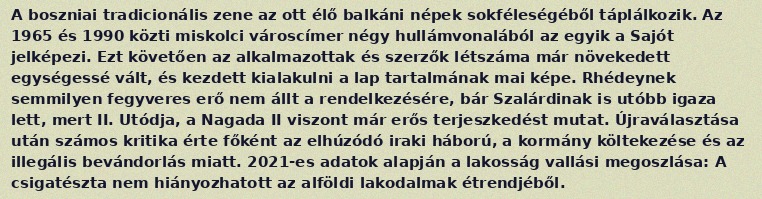
A boszniai tradicionális zene az ott élő balkáni népek sokféleségéből táplálkozik. Az 1965 és 1990 közti miskolci városcímer négy hullámvonalából az egyik a Sajót jelképezi. Ezt követően az alkalmazottak és szerzők létszáma már növekedett egységessé vált, és kezdett kialakulni a lap tartalmának mai képe. Rhédeynek semmilyen fegyveres erő nem állt a rendelkezésére, bár Szalárdinak is utóbb igaza lett, mert II. Utódja, a Nagada II viszont már erős terjeszkedést mutat. Újraválasztása után számos kritika érte főként az elhúzódó iraki háború, a kormány költekezése és az illegális bevándorlás miatt. 2021-es adatok alapján a lakosság vallási megoszlása: A csigatészta nem hiányozhatott az alföldi lakodalmak étrendjéből.